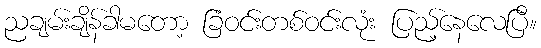
ညချမ်းချိန်ခါမတော့ ခြံဝင်းတစ်ဝင်းလုံး ပြည့်နေလေပြီ။